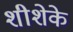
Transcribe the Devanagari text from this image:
शीशेके